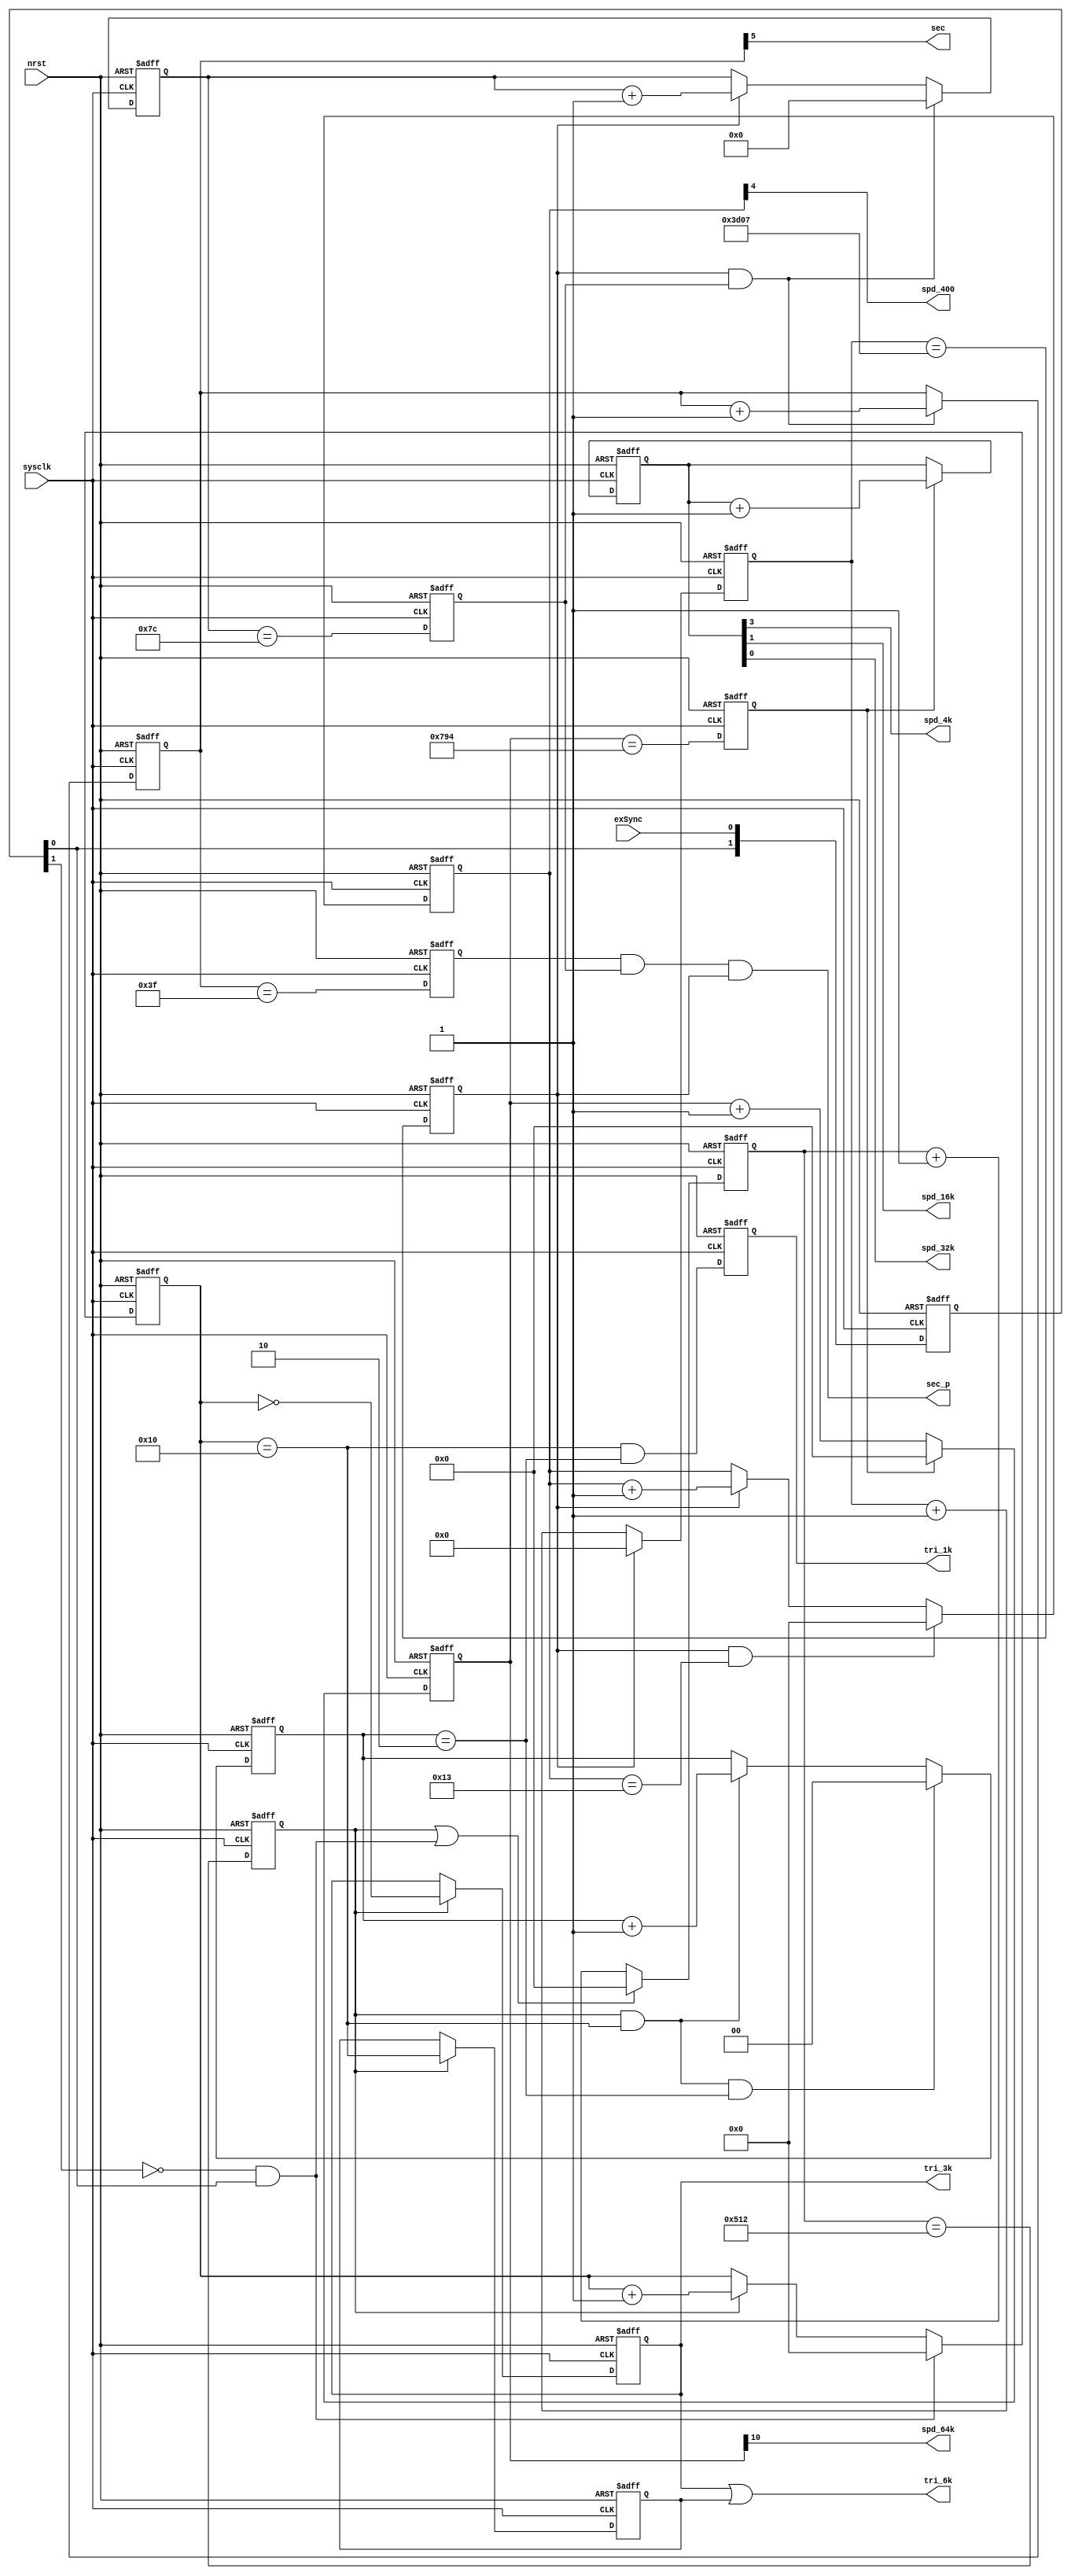
// 16/3/2/1/0.1 K 
// 2



`timescale	1ns/100ps
module sender_timer(
	// system inf
	input			nrst,				//	
	input			sysclk,
	input			exSync,				//  
	output			tri_6k,				// 
	output			tri_3k,				// 
	output			tri_1k,				// 
	output			sec,
	output			sec_p

,	output			spd_4k
,	output			spd_16k
,	output			spd_64k
,	output			spd_32k
,	output			spd_400

);

//parameter DIV_CODE_10US			= 11'd1249;	// 125M10us
parameter DIV_CODE_10US			= 11'd1299;	// 1301


///////////  exSYnc
reg [1:0]	eg_ex_sync;

always@(posedge sysclk or negedge nrst)
if (!nrst) eg_ex_sync <= 0;
else eg_ex_sync <= {eg_ex_sync[0],exSync};

wire egr_ex_sync = ~eg_ex_sync[1] & eg_ex_sync[0];


/////////           ///////// 
reg [10:0]	ch_cnt_reg;
reg 		ch_cnt_cry_Reg;
reg [4:0]	framCnt;


// 10us
always@(posedge sysclk or negedge nrst)
if (!nrst) ch_cnt_reg <= 0;
else if (ch_cnt_cry_Reg | egr_ex_sync) ch_cnt_reg <= 0;	
else   ch_cnt_reg <= ch_cnt_reg + 1'b1;

always@(posedge sysclk or negedge nrst)
if (!nrst) ch_cnt_cry_Reg <= 0;
else ch_cnt_cry_Reg <= (ch_cnt_reg ==  (DIV_CODE_10US - 11'd1));

// 32
always@(posedge sysclk or negedge nrst)
if (!nrst) framCnt <= 0;
else if(egr_ex_sync) framCnt <= 0;
else if(ch_cnt_cry_Reg) framCnt <= framCnt + 1'b1;

reg		ts1_reg;
reg		ts2_reg;

// 
always @ (posedge sysclk or negedge nrst)
		if(~nrst) begin
			        ts1_reg		<= 1'b0;
					ts2_reg	<= 1'b0;		
				  end
		else  if (ch_cnt_cry_Reg) begin

					ts1_reg		<= framCnt ==5'd0;
					ts2_reg		<= framCnt ==5'd16;
					
				  end



assign tri_6k = ts1_reg | ts2_reg;		// 6250
assign tri_3k = ts1_reg;				// 3125


//    1K  ///////////////////////////////////////
reg [1:0]	cnt_1k;	
always @(posedge sysclk or negedge nrst)
if(~nrst) cnt_1k <=0;
else if (ch_cnt_cry_Reg & (framCnt== 5'd16) & (cnt_1k == 2'b10) ) cnt_1k <=0;
else if (ch_cnt_cry_Reg & (framCnt== 5'd16)) cnt_1k <= cnt_1k + 1'b1;

reg		tri_1k_reg;
always @(posedge sysclk or negedge nrst)
if(~nrst) tri_1k_reg <=0;
else tri_1k_reg <= (framCnt== 5'd16) & (cnt_1k == 2'b10);	


assign tri_1k = tri_1k_reg;		 

	
//    1  ///////////////////////////////////////

// 125M = 64 * 125 * 15625 ( 6b + 7b + 14b)

reg [13:0]		cnt_15625;		// 8Khz
reg [6:0]		cnt_125;		// 64hz
reg [5:0]		cnt_64;			// 1hz
reg				cry_15625;
reg				cry_125;
reg				cry_64;


always @(posedge sysclk or negedge nrst)
if(~nrst) cnt_15625 <=0;
else if(cry_15625) cnt_15625 <= 0;
else cnt_15625 <= cnt_15625 + 1'b1;

always @(posedge sysclk or negedge nrst)
if(~nrst) cry_15625 <=0;
else cry_15625 <= cnt_15625 == 14'd15623;

always @(posedge sysclk or negedge nrst)
if(~nrst) cnt_125 <=0;
else if(cry_15625 & cry_125) 	cnt_125 <=0;
else if (cry_15625) 			cnt_125 <= cnt_125 + 1'b1;

always @(posedge sysclk or negedge nrst)
if(~nrst) cry_125 <=0;
else cry_125 <= cnt_125 == 7'd124;

always @(posedge sysclk or negedge nrst)
if(~nrst) cnt_64 <=0;
else if(cry_15625 & cry_125) cnt_64 <= cnt_64 + 1'b1;

always @(posedge sysclk or negedge nrst)
if(~nrst) cry_64 <=0;
else cry_64 <= cnt_64 == 6'd63;


assign sec = cnt_64[5];	// 11
assign sec_p = cry_64 & cry_125 & cry_15625;



//     64K ///////////////////////////////////////
//  0.5%

reg [10:0]	htk_cnt;
reg			htkc_cry;

always @(posedge sysclk or negedge nrst)
if(~nrst) htk_cnt <=0;
else if(htkc_cry) htk_cnt <=0;
else htk_cnt <= htk_cnt + 1'b1;

always @(posedge sysclk or negedge nrst)
if(~nrst) htkc_cry <=0;
else htkc_cry <= (htk_cnt == 11'd1940);



reg [3:0]	l_hkt_cnt;
always @(posedge sysclk or negedge nrst)
if(~nrst) l_hkt_cnt <=0;
else if(htkc_cry) l_hkt_cnt <= l_hkt_cnt + 1'b1;


assign spd_64k = htk_cnt[10];
assign spd_32k = l_hkt_cnt[0];
assign spd_16k = l_hkt_cnt[1];
assign spd_4k = l_hkt_cnt[3];


//     400 ///////////////////////////////////////
// 8K
reg [4:0]	cnt400_reg;
always @(posedge sysclk or negedge nrst)
if(~nrst) cnt400_reg <=0;
else if(cry_15625 &  (cnt400_reg == 5'd19)) cnt400_reg <=0;
else if(cry_15625 ) cnt400_reg <= cnt400_reg + 1'b1;

assign spd_400 = cnt400_reg[4];


endmodule